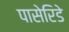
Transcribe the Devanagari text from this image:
पासेरिडे